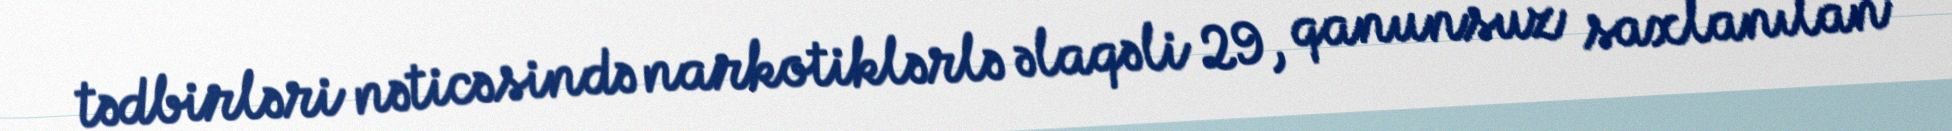
tədbirləri nəticəsində narkotiklərlə əlaqəli 29, qanunsuz saxlanılan